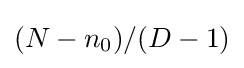
(N-n_{0})/(D-1)